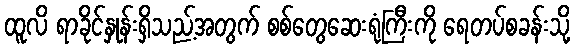
ထူလိ ရာခိုင်နှုန်းရှိသည့်အတွက် စစ်တွေဆေးရုံကြီးကို ရေတပ်စခန်းသို့